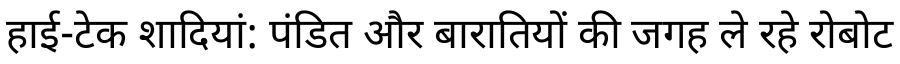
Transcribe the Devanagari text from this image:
हाई-टेक शादियां: पंडित और बारातियों की जगह ले रहे रोबोट